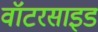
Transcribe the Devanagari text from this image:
वॉटरसाइड